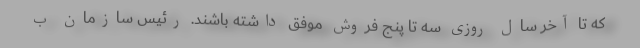
که تا آخر سال روزی سه تا پنج فروش موفق داشته باشند. رئیس سازمان ب